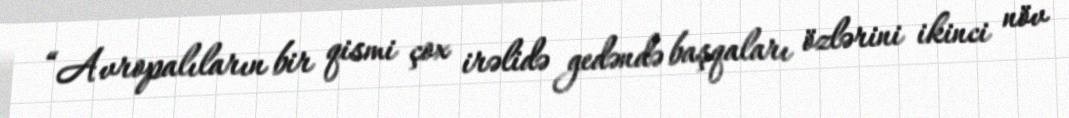
“Avropalıların bir qismi çox irəlidə gedəndə başqaları özlərini ikinci növ